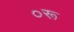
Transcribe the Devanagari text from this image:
०रू